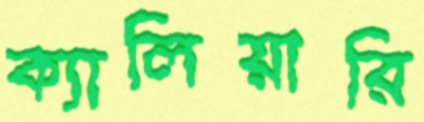
ক্যালিয়ারি